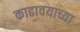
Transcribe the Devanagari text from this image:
काढावयाच्या